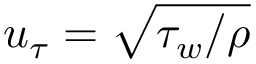
u _ { \tau } = \sqrt { \tau _ { w } / \rho }